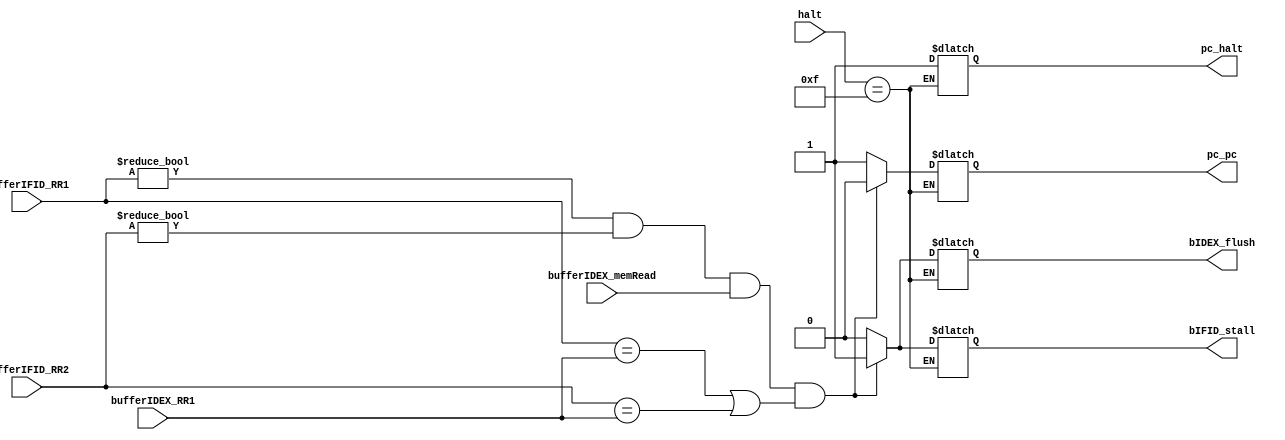
module hazardUnit(input[3:0] halt,
                  input[3:0] bufferIFID_RR1, bufferIFID_RR2, bufferIDEX_RR1, 
                  input      bufferIDEX_memRead, 
                  output reg pc_pc, pc_halt, bIFID_stall, bIDEX_flush);

always@(*)
begin
   if (halt == 4'b1111)
      begin
         pc_halt = 1'b1;
      end
   else if ((bufferIFID_RR1 != 0) && (bufferIFID_RR2 != 0) && bufferIDEX_memRead && ((bufferIFID_RR1 == bufferIDEX_RR1) || (bufferIFID_RR2 == bufferIDEX_RR1)))
      begin $display("stall");
         pc_pc          = 1'b0;
         bIFID_stall    = 1'b1;
         bIDEX_flush    = 1'b1;
      end
   else 
      begin
         pc_pc          = 1'b1;
         bIFID_stall    = 1'b0;
         bIDEX_flush    = 1'b0;
      end
end

endmodule